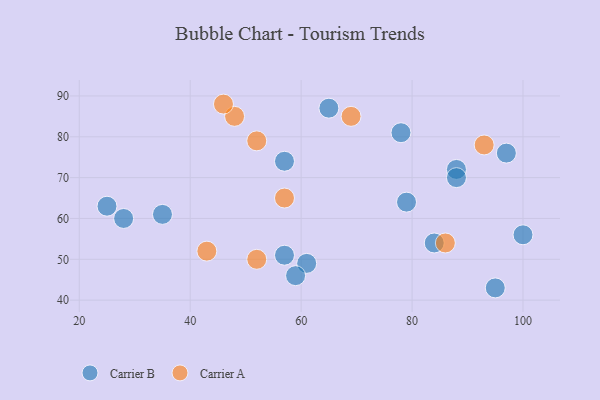
{"axis": {"x": "GDP", "y": "Life Expectancy"}, "legend": ["Carrier A", "Carrier B"], "data": [{"x": "95", "y": 43, "type": "Carrier B"}, {"x": "79", "y": 64, "type": "Carrier B"}, {"x": "97", "y": 76, "type": "Carrier B"}, {"x": "35", "y": 61, "type": "Carrier B"}, {"x": "28", "y": 60, "type": "Carrier B"}, {"x": "78", "y": 81, "type": "Carrier B"}, {"x": "57", "y": 74, "type": "Carrier B"}, {"x": "88", "y": 72, "type": "Carrier B"}, {"x": "65", "y": 87, "type": "Carrier B"}, {"x": "84", "y": 54, "type": "Carrier B"}, {"x": "61", "y": 49, "type": "Carrier B"}, {"x": "25", "y": 63, "type": "Carrier B"}, {"x": "100", "y": 56, "type": "Carrier B"}, {"x": "57", "y": 51, "type": "Carrier B"}, {"x": "59", "y": 46, "type": "Carrier B"}, {"x": "88", "y": 70, "type": "Carrier B"}, {"x": "93", "y": 78, "type": "Carrier A"}, {"x": "48", "y": 85, "type": "Carrier A"}, {"x": "43", "y": 52, "type": "Carrier A"}, {"x": "46", "y": 88, "type": "Carrier A"}, {"x": "52", "y": 79, "type": "Carrier A"}, {"x": "52", "y": 50, "type": "Carrier A"}, {"x": "57", "y": 65, "type": "Carrier A"}, {"x": "86", "y": 54, "type": "Carrier A"}, {"x": "69", "y": 85, "type": "Carrier A"}]}